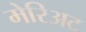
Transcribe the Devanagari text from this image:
मेरिअट